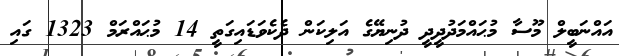
އައްނަބީލް މޫސާ މުޙައްމަދުދީދީ ދުނިޔޭގެ އަލިކަން ދެކެވަޑައިގަތީ 14 މުޙައްރަމް 1323 ގައި